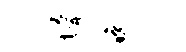
懵晚